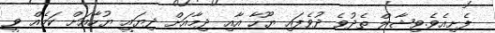
ފެށިއެވެ.ވިޝާލް ތެދުވެ ދުވެފައި ޔޫހާ އާއި ދިމާއަށް ދިޔައީ ޔުހާއަށް ކަމެއް ވީ